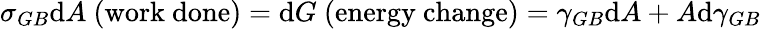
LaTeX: \sigma_{GB}\mathrm{d}A{\mathrm{{~(work~\mathrm{d}one)}}}=\mathrm{d}G{\mathrm{{~(energy~change)}}}=\gamma_{GB}\mathrm{d}A+A\mathrm{d}\gamma_{GB}\,